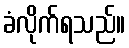
ခံလိုက်ရသည်။